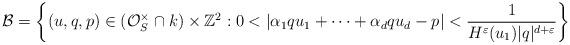
LaTeX: \begin{align*}\mathcal{B} = \left\{(u,q, p) \in (\mathcal{O}_S^\times\cap k)\times\mathbb{Z}^2 : 0<|\alpha_1 q u_1+\cdots+\alpha_d q u_d-p|<\frac{1}{H^\varepsilon(u_1)|q|^{d+\varepsilon}}\right\}\end{align*}